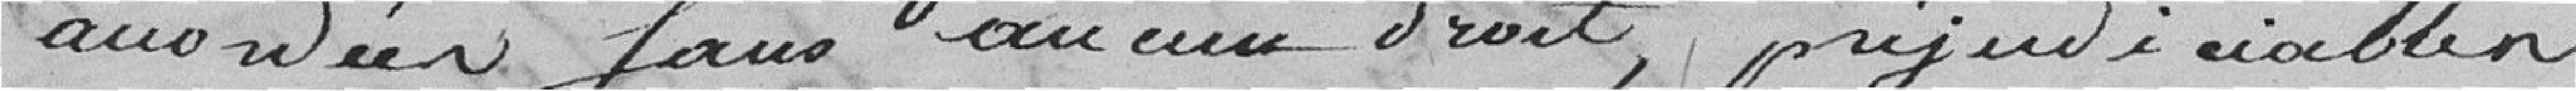
accordées sans aucun droit, préjudiciables